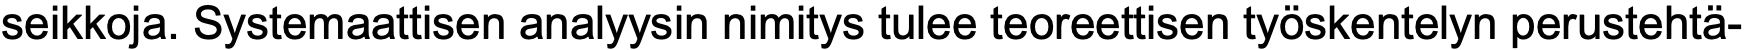
seikkoja. Systemaattisen analyysin nimitys tulee teoreettisen työskentelyn perustehtä-